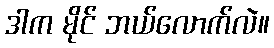
ဒါက မိုင် ဘယ်လောက်လဲ။